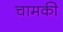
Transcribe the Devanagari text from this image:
चामकी